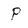
Character: P